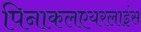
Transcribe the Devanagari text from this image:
पिनाकलएयरलाइंस